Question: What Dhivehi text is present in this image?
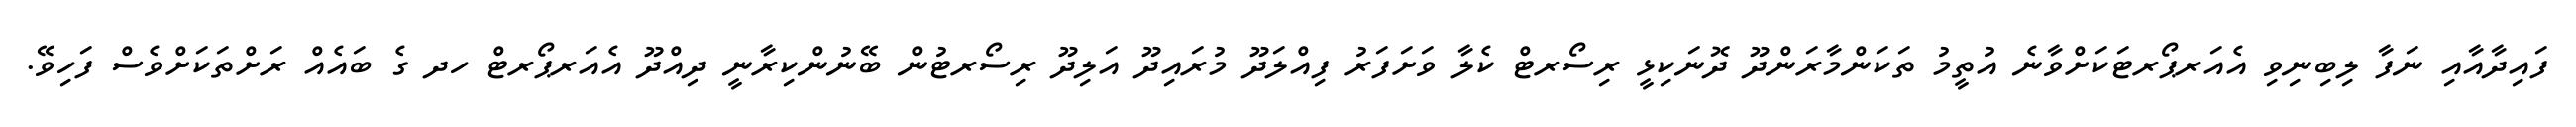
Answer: ފައިދާއާއި ނަފާ ލިބިނިވި އެއަރޕޯރޓަކަށްވާނެ އުތީމު ތަކަންމާރަންދޫ ދޮނަކިޅީ ރިސޯރޓް ކެލާ ވަށަފަރު ފިއްލަދޫ މުރައިދޫ އަލިދޫ ރިސޯރޓުން ބޭނުންކިރާނީ ދިއްދޫ އެއަރޕޯރޓް ހދ ގެ ބައެއް ރަށްތަކަށްވެސް ފަހިވޭ.